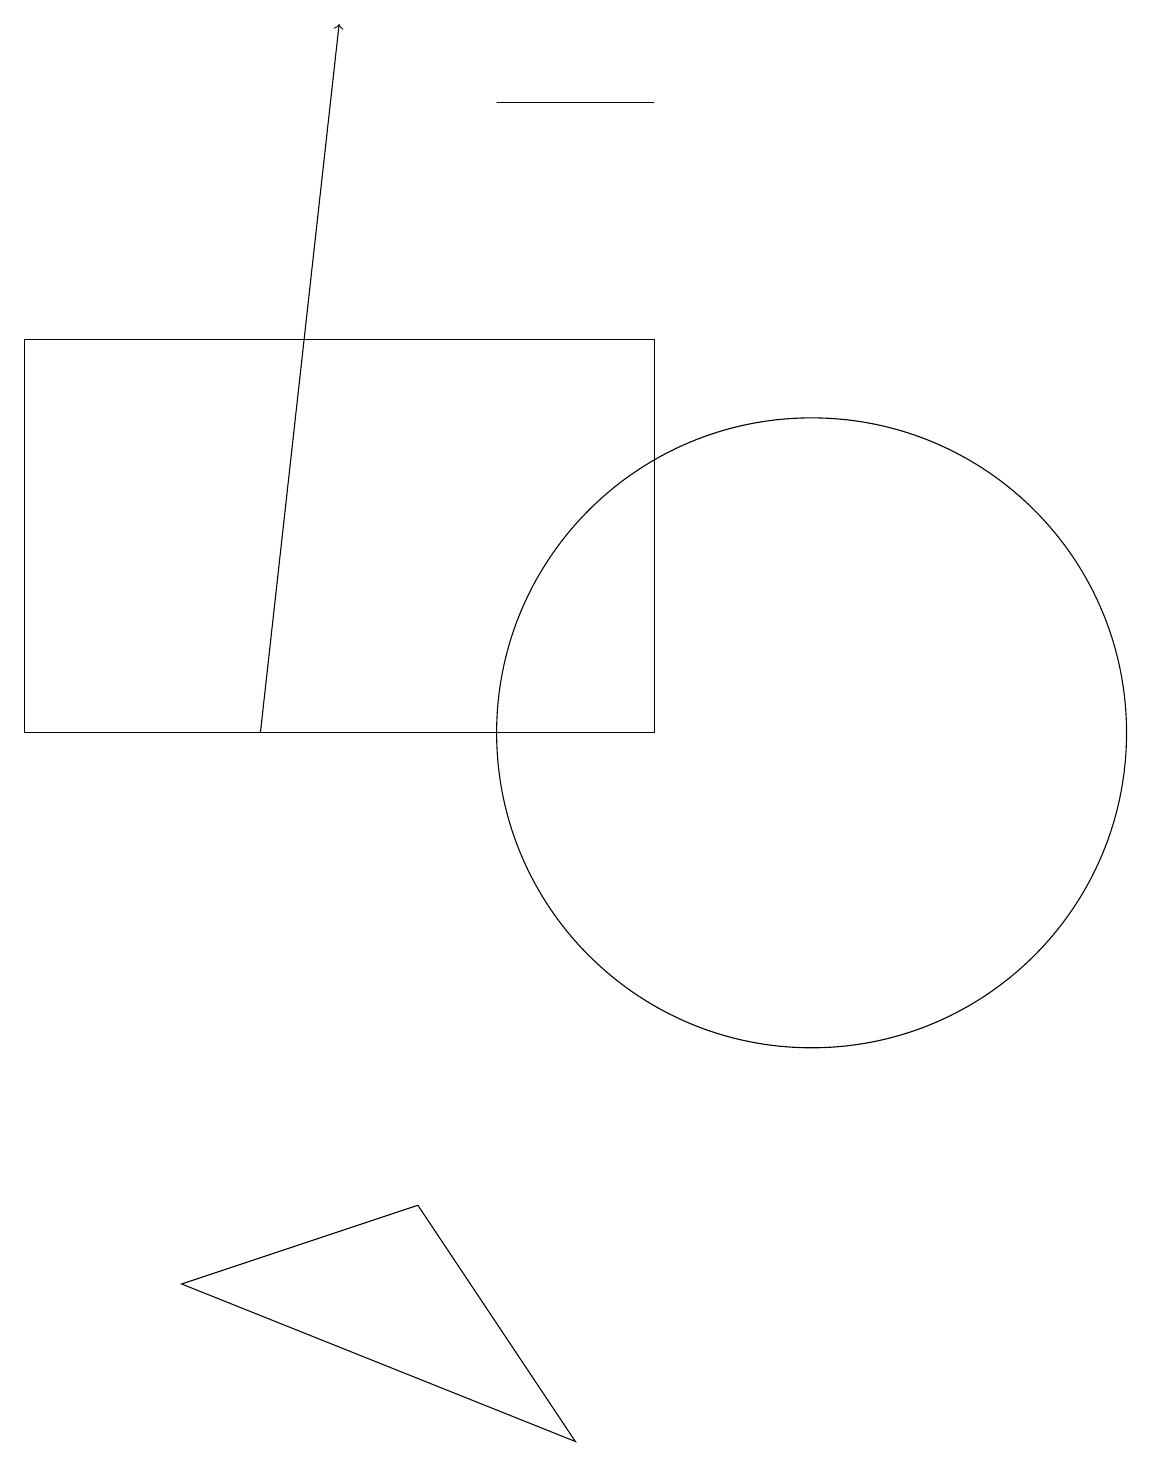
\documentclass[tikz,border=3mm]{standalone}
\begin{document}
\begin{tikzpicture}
\draw (10,10) circle (4);
\draw (5,4) -- (2,3) -- (7,1) -- cycle;
\draw (6,18) rectangle (8,18);
\draw[->] (3,10) -- (4,19);
\draw (11,10) circle (0);
\draw (0,15) rectangle (8,10);
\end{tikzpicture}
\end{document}